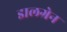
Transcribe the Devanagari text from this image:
डालग्रेन